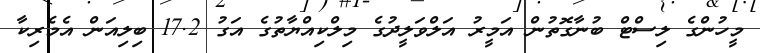
މީހުންގެ ލިސްޓް ބުނާގޮތުން އަމީރު އަލްވަލީދުގެ މިލްކިއްޔާތުގެ އަގު 17.2 ބިލިއަން އެމެރިކާ